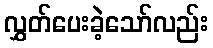
လွှတ်ပေးခဲ့သော်လည်း